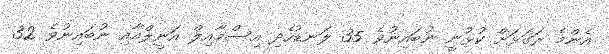
އެންމެ ރަގަޅަށް ކުޅުނީ ނުބައިނުވެ 35 ލަނޑުހެދި އިސްމާއިލް އަނީލްއާއި ނުބައިނުވެ 32